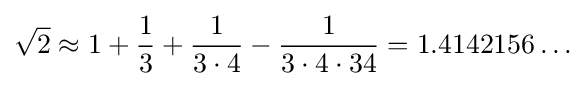
{\sqrt {2}}\approx 1+{\frac {1}{3}}+{\frac {1}{3\cdot 4}}-{\frac {1}{3\cdot 4\cdot 34}}=1.4142156\ldots